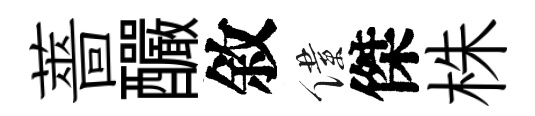
薔釅敘僕傑株